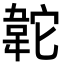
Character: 䪑